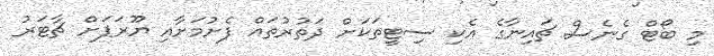
މި ބޯޓް ގެނެސް ޗައިނާގެ އެކި ސިޓީތަކަށް ދަތުރުތައް ފެށުމަށާއި ޔޫރަޕަށް ޗާޓަރު